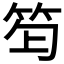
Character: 𥬿